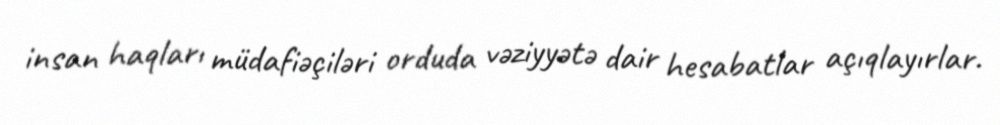
insan haqları müdafiəçiləri orduda vəziyyətə dair hesabatlar açıqlayırlar.